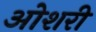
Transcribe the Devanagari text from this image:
ओशरी